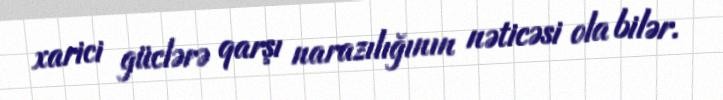
xarici güclərə qarşı narazılığının nəticəsi ola bilər.